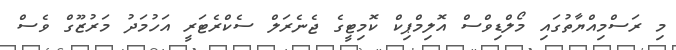
މި ރަސްމިއްޔާތުގައި މޯލްޑިވްސް އޮލިމްޕިކް ކޮމިޓީގެ ޖެނެރަލް ސެކްރެޓަރީ އަހުމަދު މަރުޒޫގް ވެސް